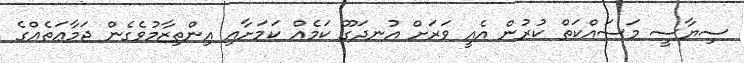
ސިޔާސީ މަސައްކަތް ކުރުން އެއީ ވަރަށް އުނދަގޫ ކަމެއް ކަމަށާއި އިންތިޒާމުވެގެން ޖަމާޢަތެއްގެ